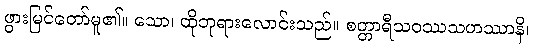
ဖွားမြင်တော်မူ၏။ သော၊ ထိုဘုရားလောင်းသည်။ စတ္တာရီသဝဿသဟဿာနိ၊